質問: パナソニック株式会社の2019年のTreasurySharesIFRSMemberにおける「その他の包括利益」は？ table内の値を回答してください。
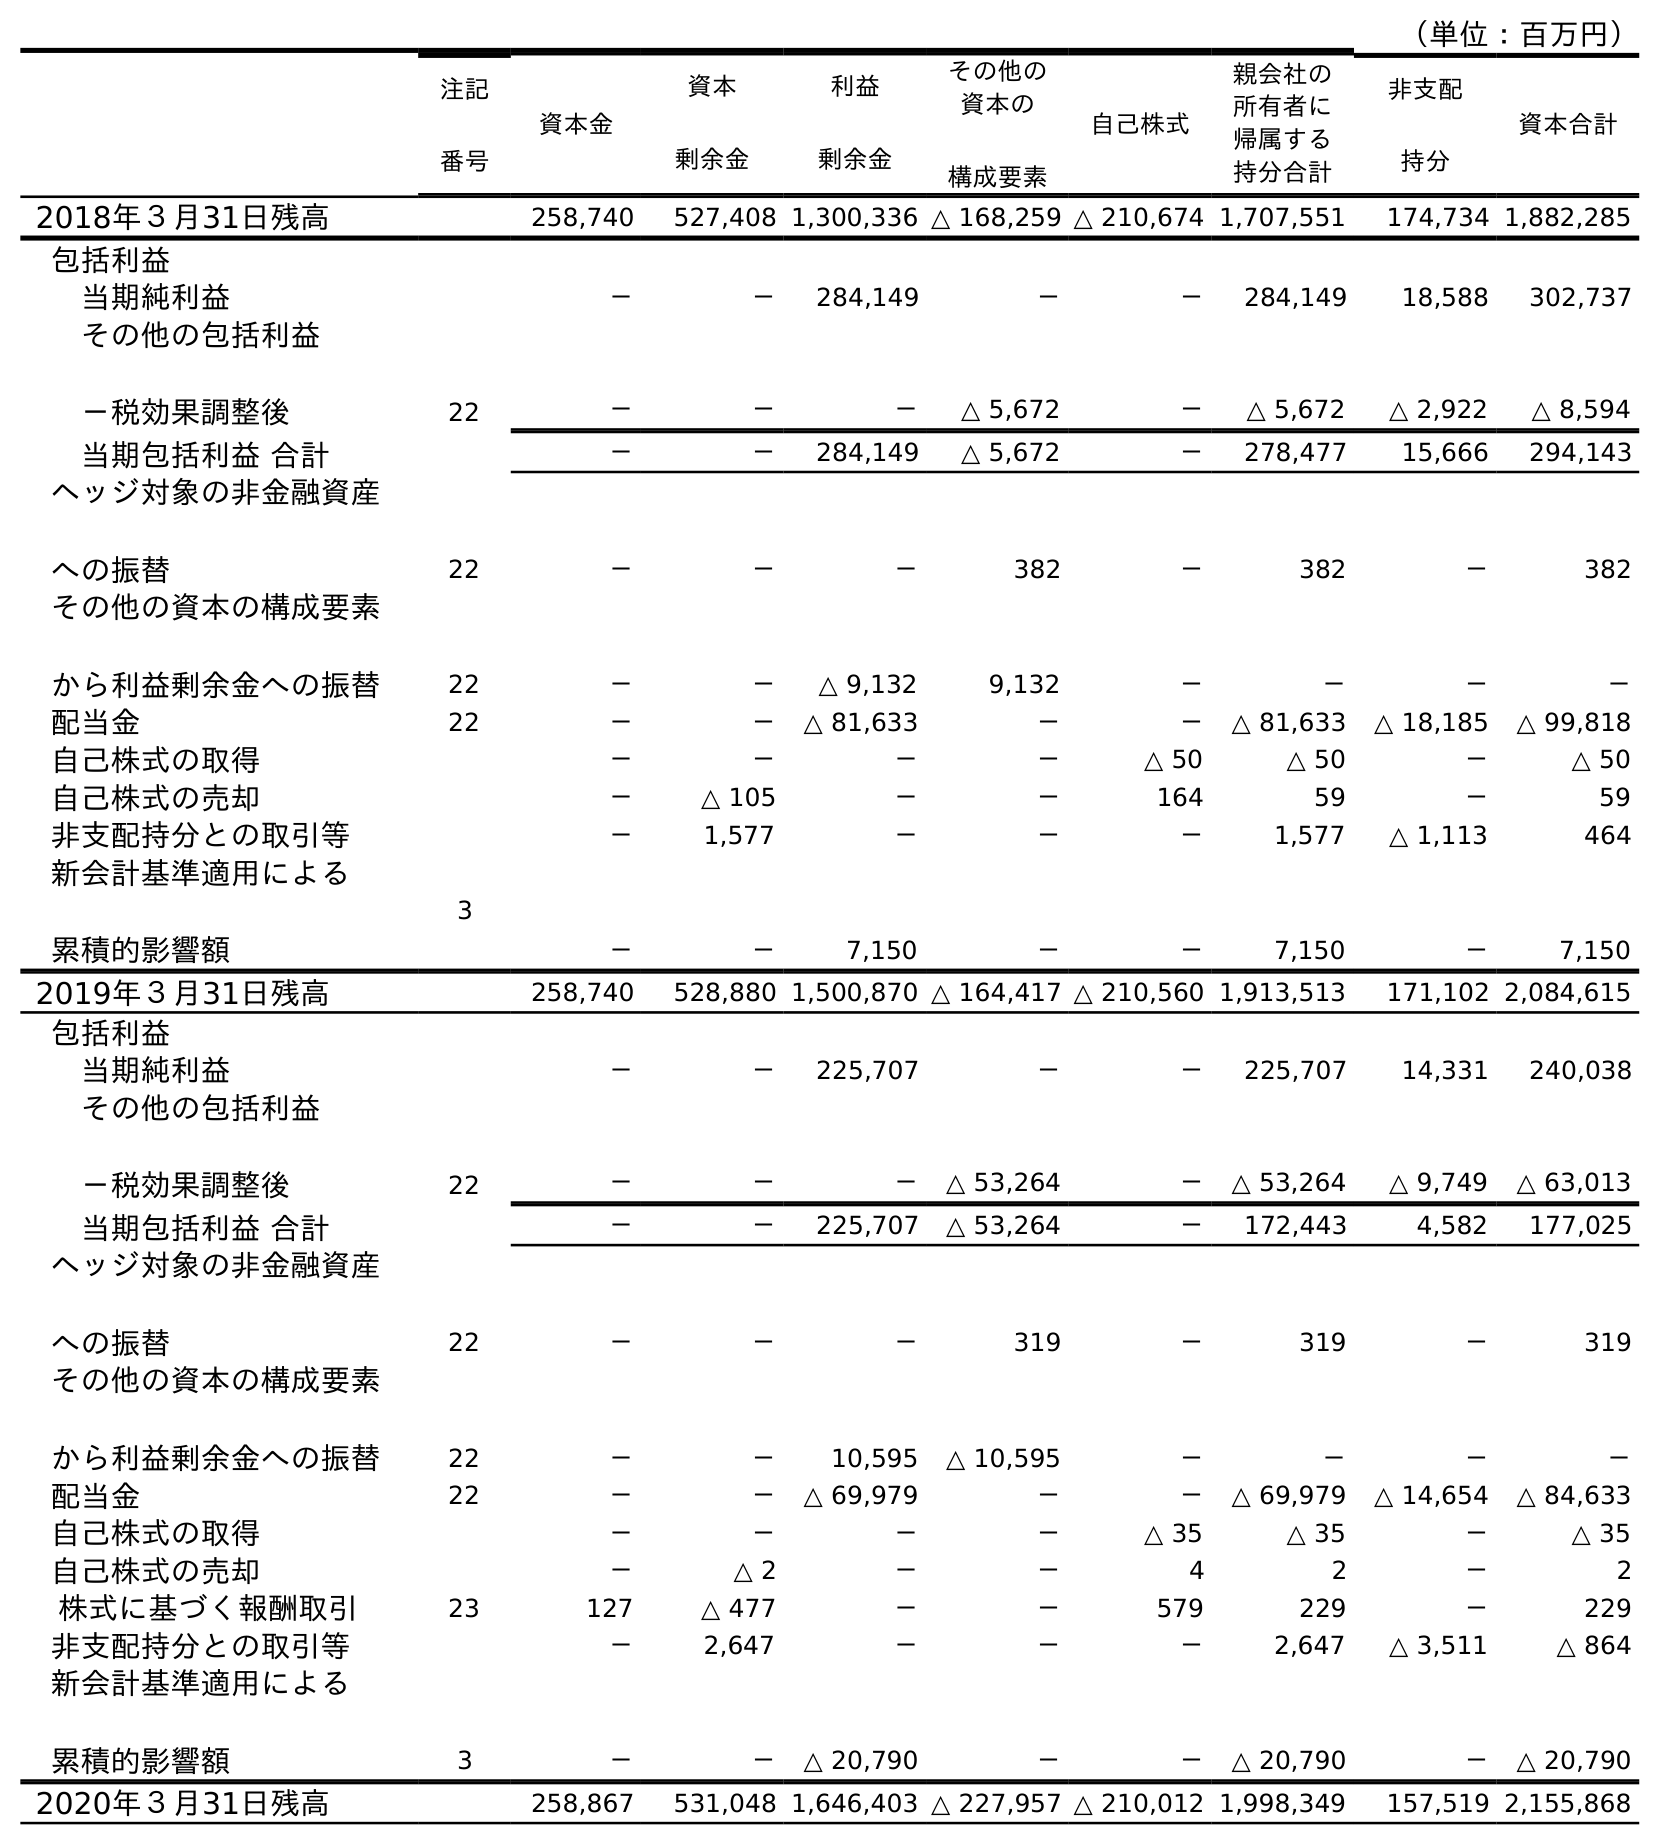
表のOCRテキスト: （単位：百万円） 注記 番号 資本金 資本 剰余金 利益 剰余金 その他の 資本の 構成要素 自己株式 親会社の 所有者に 帰属する 持分合計 非支配 持分 資本合計 2018年３月31日残高 258,740 527,408 1,300,336 △ 168,259 △ 210,674 1,707,551 174,734 1,882,285 包括利益 当期純利益 － － 284,149 － － 284,149 18,588 302,737 その他の包括利益 －税効果調整後 22 － － － △ 5,672 － △ 5,672 △ 2,922 △ 8,594 当期包括利益 合計 － － 284,149 △ 5,672 － 278,477 15,666 294,143 ヘッジ対象の非金融資産 への振替 22 － － － 382 － 382 － 382 その他の資本の構成要素 から利益剰余金への振替 22 － － △ 9,132 9,132 － － － － 配当金 22 － － △ 81,633 － － △ 81,633 △ 18,185 △ 99,818 自己株式の取得 － － － － △ 50 △ 50 － △ 50 自己株式の売却 － △ 105 － － 164 59 － 59 非支配持分との取引等 － 1,577 － － － 1,577 △ 1,113 464 新会計基準適用による 累積的影響額 3 － － 7,150 － － 7,150 － 7,150 2019年３月31日残高 258,740 528,880 1,500,870 △ 164,417 △ 210,560 1,913,513 171,102 2,084,615 包括利益 当期純利益 － － 225,707 － － 225,707 14,331 240,038 その他の包括利益 －税効果調整後 22 － － － △ 53,264 － △ 53,264 △ 9,749 △ 63,013 当期包括利益 合計 － － 225,707 △ 53,264 － 172,443 4,582 177,025 ヘッジ対象の非金融資産 への振替 22 － － － 319 － 319 － 319 その他の資本の構成要素 から利益剰余金への振替 22 － － 10,595 △ 10,595 － － － － 配当金 22 － － △ 69,979 － － △ 69,979 △ 14,654 △ 84,633 自己株式の取得 － － － － △ 35 △ 35 － △ 35 自己株式の売却 － △ 2 － － 4 2 － 2 株式に基づく報酬取引 23 127 △ 477 － － 579 229 － 229 非支配持分との取引等 － 2,647 － － － 2,647 △ 3,511 △ 864 新会計基準適用による 累積的影響額 3 － － △ 20,790 － － △ 20,790 － △ 20,790 2020年３月31日残高 258,867 531,048 1,646,403 △ 227,957 △ 210,012 1,998,349 157,519 2,155,868
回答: －